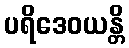
ပရိဒေဝယန္တိ